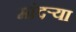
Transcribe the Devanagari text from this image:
मांदऱ्या